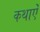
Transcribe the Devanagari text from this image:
कथाऐं